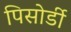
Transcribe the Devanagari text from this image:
पिसोर्डी